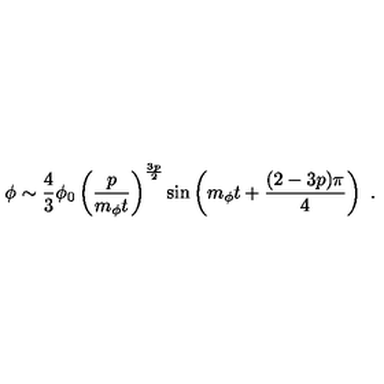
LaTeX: \phi \sim \frac { 4 } { 3 } \phi _ { 0 } \left( \frac { p } { m _ { \phi } t } \right) ^ { \frac { 3 p } { 2 } } \sin \left( m _ { \phi } t + \frac { ( 2 - 3 p ) \pi } { 4 } \right) \ .